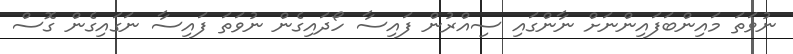
ނުވަތަ މައިންބަފައިންނަށް ނާންގައި ސިއްރުން ފައިސާ ހޯދައިގެން ނުވަތަ ފައިސާ ނަގައިގެން ގޮސް